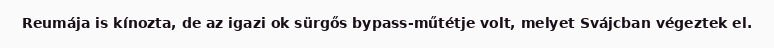
Reumája is kínozta, de az igazi ok sürgős bypass-műtétje volt, melyet Svájcban végeztek el.